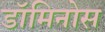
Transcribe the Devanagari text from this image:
डॉमिनोस